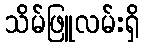
သိမ်ဖြူလမ်းရှိ